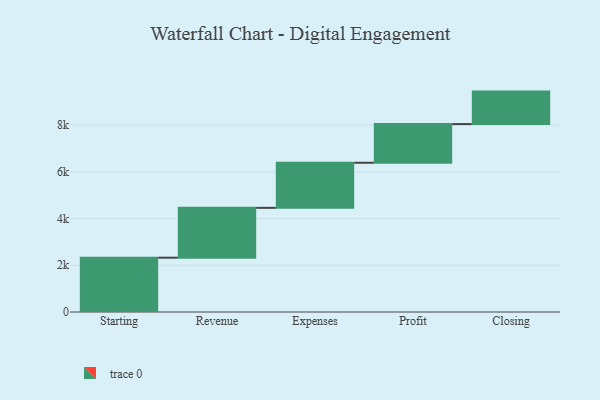
{"axis": {"x": "Step", "y": "Value"}, "legend": [""], "data": [{"x": "Starting", "y": 2325.0, "type": ""}, {"x": "Revenue", "y": 2133.0, "type": ""}, {"x": "Expenses", "y": 1930.0, "type": ""}, {"x": "Profit", "y": 1655.0, "type": ""}, {"x": "Closing", "y": 1390.0, "type": ""}]}